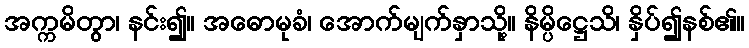
အက္ကမိတွာ၊ နင်း၍။ အဓောမုခံ၊ အောက်မျက်နှာသို့။ နိမ္ပိဋ္ဌေသိ၊ နှိပ်၍နစ်၏။